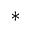
\ast